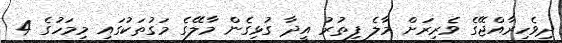
ދިވެހިރާއްޖޭގެ ވެރިރަށް މާލެ ފިތުރު އީދާ ގުޅިގެން މާލޭގެ މަގުތަކުގައި މިމަހުގެ 4